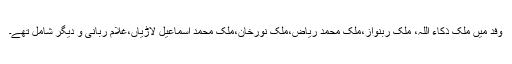
وفد میں ملک ذکاء اللہ، ملک ربنواز،ملک محمد ریاض،ملک نورخان،ملک محمد اسماعیل لاڑیاں،غلام ربانی و دیگر شامل تھے۔